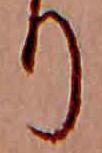
り